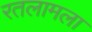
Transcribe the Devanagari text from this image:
रतलामला